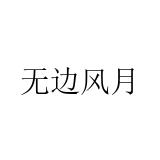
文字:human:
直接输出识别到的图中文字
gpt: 无边风月